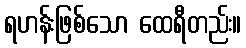
ရဟန်းဖြစ်သော ထေရီတည်း။